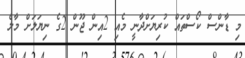
މި ޑާންސް ކޯސްތައް ކުރިޔަށްދާނީ މެއި 2އިން ޖޫން 2ގެ ނިޔަލަށް މާލެ